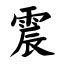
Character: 震